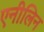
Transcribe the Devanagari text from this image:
एनीलिन